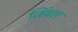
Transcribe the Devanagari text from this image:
जिंबल